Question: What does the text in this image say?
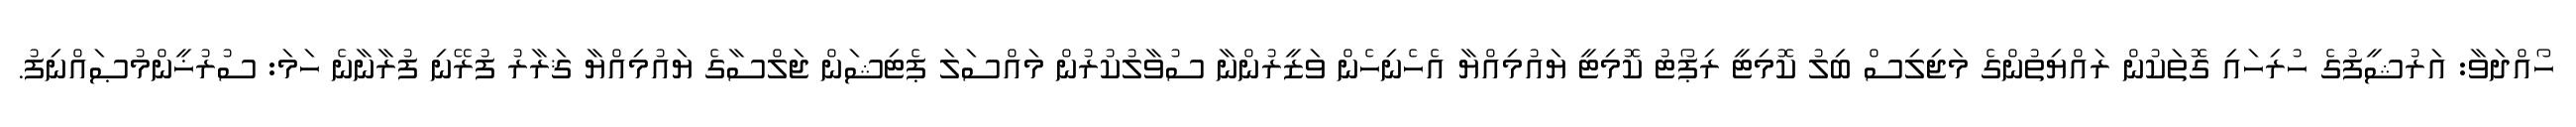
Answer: ހޯއްދަވާ: އަރުޝީފުގެ ހުރިހައި ގޮތަކުން ރައްޔިތުންގެ މަޖިލިސް ބިލު ކޮމިޓީ ރިޕޯޓު ކޮމިޓީ ޔައުމިއްޔާ އެހެނިހެން ވަޒީރުންނާ ސުވާލުކުރުން މައްސަލަ ޕެޓިޝަން ޖަލްސާގެ ޔައުމިއްޔާ ޤަރާރު ފުރޭނި ފުރާނާނެ ހަމަ: ސުރުޚީންމުޞައްނިފު.